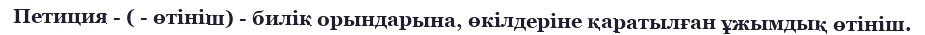
Петиция - ( - өтініш) - билік орындарына, өкілдеріне қаратылған ұжымдық өтініш.